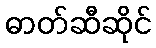
ဓာတ်ဆီဆိုင်